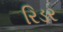
રિડર